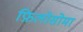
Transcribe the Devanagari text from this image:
फ़िलोसोमा